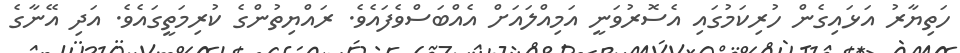
ހަތިޔާރު އަޅައިގެން ހުރިކަމުގައި އެސޮރުވަނީ އަމިއްލައަށް އެއްބަސްވެފައެވެ. ރައްޔިތުންގެ ކުރިމަތީގައެވެ. އަދި އޭނާގެ